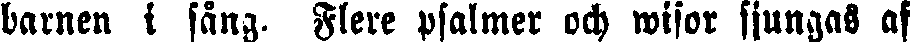
barnen i sång. Flere psalmer och wisor sjungas af